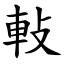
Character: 軙